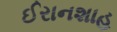
ઈરાનશાહ